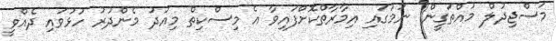
މަސްޖިދުލް މުއްތަގީން" ނަމުގައި އިމާރާތްކޮށްފައިވާ އެ މިސްކިތް މިއަދު މެންދުރު ހުޅުވައި ދެއްވީ